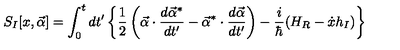
S _ { I } [ x , \vec { \alpha } ] = \int _ { 0 } ^ { t } { d t ^ { \prime } } \left\{ \frac { 1 } { 2 } \left( \vec { \alpha } \cdot \frac { d \vec { \alpha } ^ { * } } { d t ^ { \prime } } - \vec { \alpha } ^ { * } \cdot \frac { d \vec { \alpha } } { d t ^ { \prime } } \right) - \frac { i } { \hbar } ( H _ { R } - \dot { x } h _ { I } ) \right\}